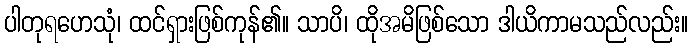
ပါတုရဟေသုံ၊ ထင်ရှားဖြစ်ကုန်၏။ သာပိ၊ ထိုအမိဖြစ်သော ဒါယိကာမသည်လည်း။